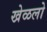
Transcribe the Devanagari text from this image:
खेळलो